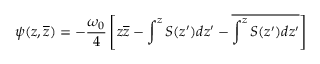
\psi ( z , \overline { { z } } ) = - { \frac { \omega _ { 0 } } { 4 } } \left[ z \overline { { z } } - \int ^ { z } S ( z ^ { \prime } ) d z ^ { \prime } - \overline { { \int ^ { z } S ( z ^ { \prime } ) d z ^ { \prime } } } \right]